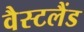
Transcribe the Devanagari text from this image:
वैस्टलैंड